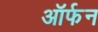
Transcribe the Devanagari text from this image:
ऑर्फन